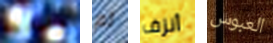
ولدت لم أنزف العبوس